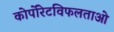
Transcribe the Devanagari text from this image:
कोर्पोरेटविफलताओ